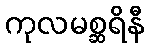
ကုလမစ္ဆရိနီ